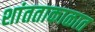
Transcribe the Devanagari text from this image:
शांतताकाळात